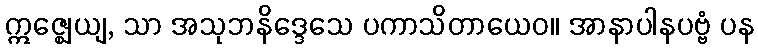
ဣဇ္ဈေယျ, သာ အသုဘနိဒ္ဒေသေ ပကာသိတာယေဝ။ အာနာပါနပဗ္ဗံ ပန